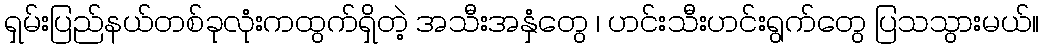
ရှမ်းပြည်နယ်တစ်ခုလုံးကထွက်ရှိတဲ့ အသီးအနှံတွေ ၊ ဟင်းသီးဟင်းရွက်တွေ ပြသသွားမယ်။